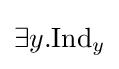
\exists y.\mathrm {Ind} _{y}